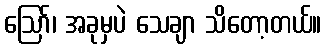
ဩော်၊ အခုမှပဲ သေချာ သိတော့တယ်။